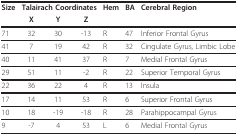
<table><thead><tr><td><b>Size</b></td><td colspan="3"><b>Talairach Coordinates</b></td><td><b>Hem</b></td><td><b>BA</b></td><td><b>Cerebral Region</b></td></tr><tr><td></td><td><b>X</b></td><td><b>Y</b></td><td><b>Z</b></td><td></td><td></td><td></td></tr></thead><tbody><tr><td>71</td><td>32</td><td>30</td><td>-13</td><td>R</td><td>47</td><td>Inferior Frontal Gyrus</td></tr><tr><td>41</td><td>7</td><td>19</td><td>42</td><td>R</td><td>32</td><td>Cingulate Gyrus, Limbic Lobe</td></tr><tr><td>40</td><td>11</td><td>41</td><td>37</td><td>R</td><td>7</td><td>Medial Frontal Gyrus</td></tr><tr><td>29</td><td>51</td><td>11</td><td>-2</td><td>R</td><td>22</td><td>Superior Temporal Gyrus</td></tr><tr><td>22</td><td>36</td><td>22</td><td>4</td><td>R</td><td>13</td><td>Insula</td></tr><tr><td>17</td><td>14</td><td>11</td><td>53</td><td>R</td><td>6</td><td>Superior Frontal Gyrus</td></tr><tr><td>10</td><td>18</td><td>-19</td><td>-18</td><td>R</td><td>28</td><td>Parahippocampal Gyrus</td></tr><tr><td>9</td><td>-7</td><td>4</td><td>53</td><td>L</td><td>6</td><td>Medial Frontal Gyrus</td></tr></tbody></table>